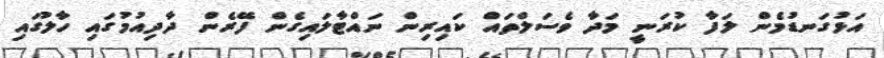
އަޅުގަނޑުމެން ލަފާ ކުރަނީ މަދާ ވެސަލްތައް ކައިރިން ނައްޓާލައިގެން ފޭރެން ދާދިއުމުގައި ހާލުގައި